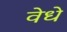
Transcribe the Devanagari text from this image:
वेधे